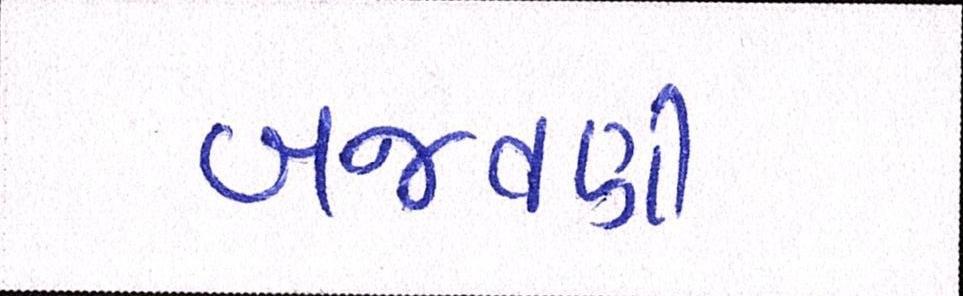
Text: બજવણી